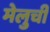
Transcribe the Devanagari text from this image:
मेलुची